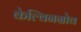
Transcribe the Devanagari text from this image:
केल्विनग्रोव